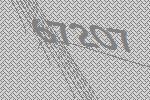
67207